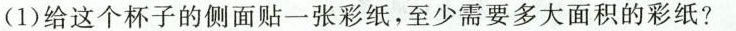
(1)给这个杯子的侧面贴一张彩纸，至少需要多大面积的彩纸?